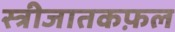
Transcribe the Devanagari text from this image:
स्त्रीजातकफ़ल